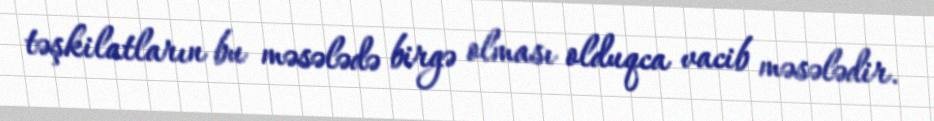
təşkilatların bu məsələdə birgə olması olduqca vacib məsələdir.